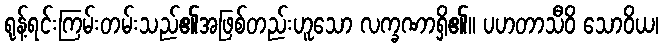
ရုန့်ရင်းကြမ်းတမ်းသည်၏အဖြစ်တည်းဟူသော လက္ခဏာရှိ၏။ ပဟတာသီဝိ သောဝိယ၊